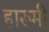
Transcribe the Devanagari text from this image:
हारूमी